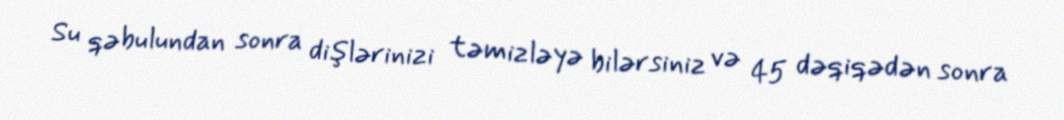
Su qəbulundan sonra dişlərinizi təmizləyə bilərsiniz və 45 dəqiqədən sonra